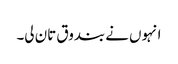
انہوں نے بندوق تان لی۔